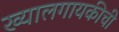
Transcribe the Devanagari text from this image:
ख्यालगायकीची